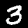
Digit: 3